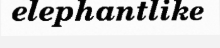
elephantlike